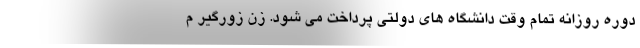
دوره روزانه تمام وقت دانشگاه های دولتی پرداخت می شود. زن زورگیر م